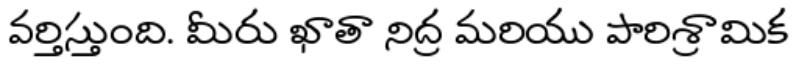
వర్తిస్తుంది. మీరు ఖాతా నిద్ర మరియు పారిశ్రామిక